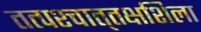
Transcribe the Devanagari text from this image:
तत्पश्‍चात्‌तक्षशिला